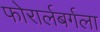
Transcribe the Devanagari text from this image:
फोरार्लबर्गला